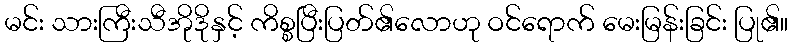
မင်း သားကြီးသီအိုဒိုနှင့် ကိစ္စပြီးပြတ်၏လောဟု ဝင်ရောက် မေးမြန်းခြင်း ပြု၏။